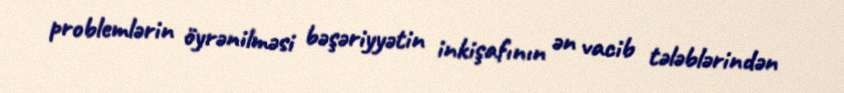
problemlərin öyrənilməsi bəşəriyyətin inkişafının ən vacib tələblərindən